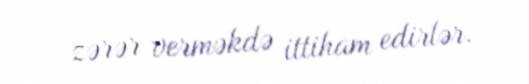
zərər verməkdə ittiham edirlər.